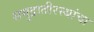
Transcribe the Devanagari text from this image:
समुद्रातीरस्थांचा